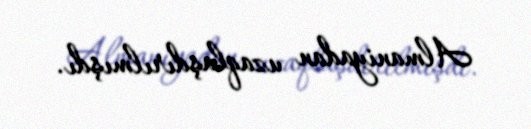
Almaniyadan uzaqlaşdırılmışdı.